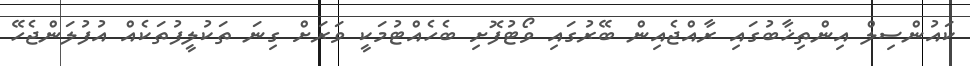
ކައުންސިލް އިންތިޚާބުގައި ރާއްޖެއިން ބޭރުގައި ވޯޓުފޮށި ބެހެއްޓުމަކީ ވަރަށް ގިނަ ތަކުލީފުތަކެއް އުފުލަންޖެހޭ